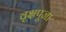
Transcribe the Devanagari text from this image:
वृक्षपूजा